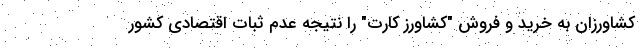
کشاورزان به خرید و فروش "کشاورز کارت" را نتیجه عدم ثبات اقتصادی کشور